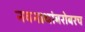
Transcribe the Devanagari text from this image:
नवनाथांबरोबरच